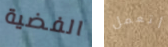
الفضية أتعمل